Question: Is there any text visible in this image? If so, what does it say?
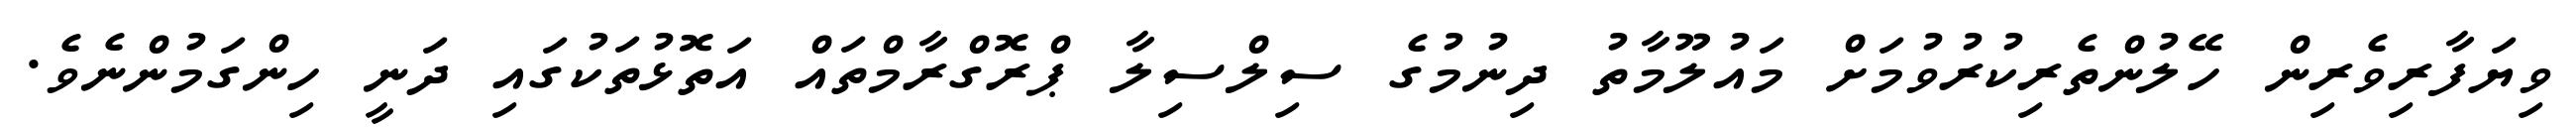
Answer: ވިޔަފާރިވެރިން ހޭލުންތެރިކުރުވުމަށް މައުލޫމާތު ދިނުމުގެ ސިލްސިލާ ޕްރޮގްރާމްތައް އަތޮޅުތަކުގައި ދަނީ ހިންގަމުންނެވެ.